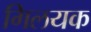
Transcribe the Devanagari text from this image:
गिलयक